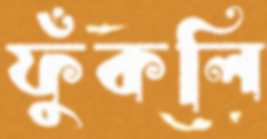
ফুঁকলি